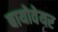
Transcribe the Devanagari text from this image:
बायोवेयर